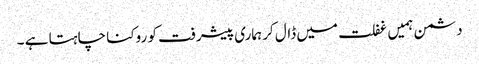
دشمن ہمیں غفلت میں ڈال کر ہماری پیشرفت کو روکنا چاہتا ہے ۔